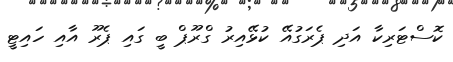
ކޮސްޓަރިކާ އަދި ޕެރަގުއޭ ކުޅޭއިރު ގްރޫޕް ބީ ގައި ޕެރޫ އާއި ހައިޓީ